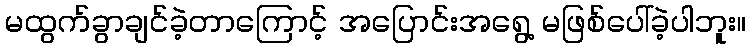
မထွက်ခွာချင်ခဲ့တာကြောင့် အပြောင်းအရွေ့ မဖြစ်ပေါ်ခဲ့ပါဘူး။